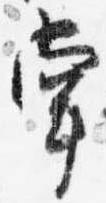
掌